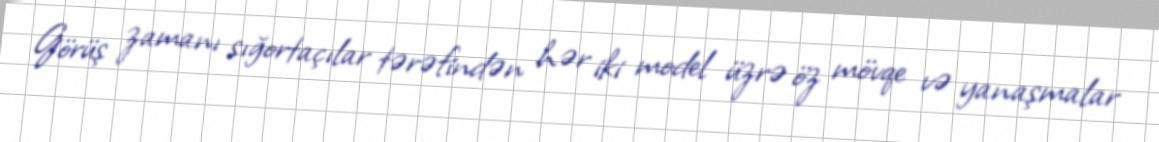
Görüş zamanı sığortaçılar tərəfindən hər iki model üzrə öz mövqe və yanaşmalar